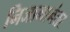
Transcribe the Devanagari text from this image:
निजामानंतर